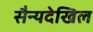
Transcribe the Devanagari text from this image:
सैन्यदेखिल